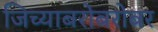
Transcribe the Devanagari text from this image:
जिच्याबरोबरोबर